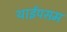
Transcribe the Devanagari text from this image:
थाईपसम